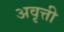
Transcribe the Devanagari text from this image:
अवृत्ती